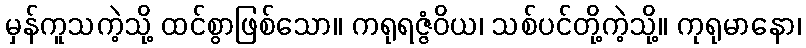
မှန်ကူသကဲ့သို့ ထင်စွာဖြစ်သော။ ကရုရဇ္ဇံဝိယ၊ သစ်ပင်တို့ကဲ့သို့။ ကုရုမာနော၊